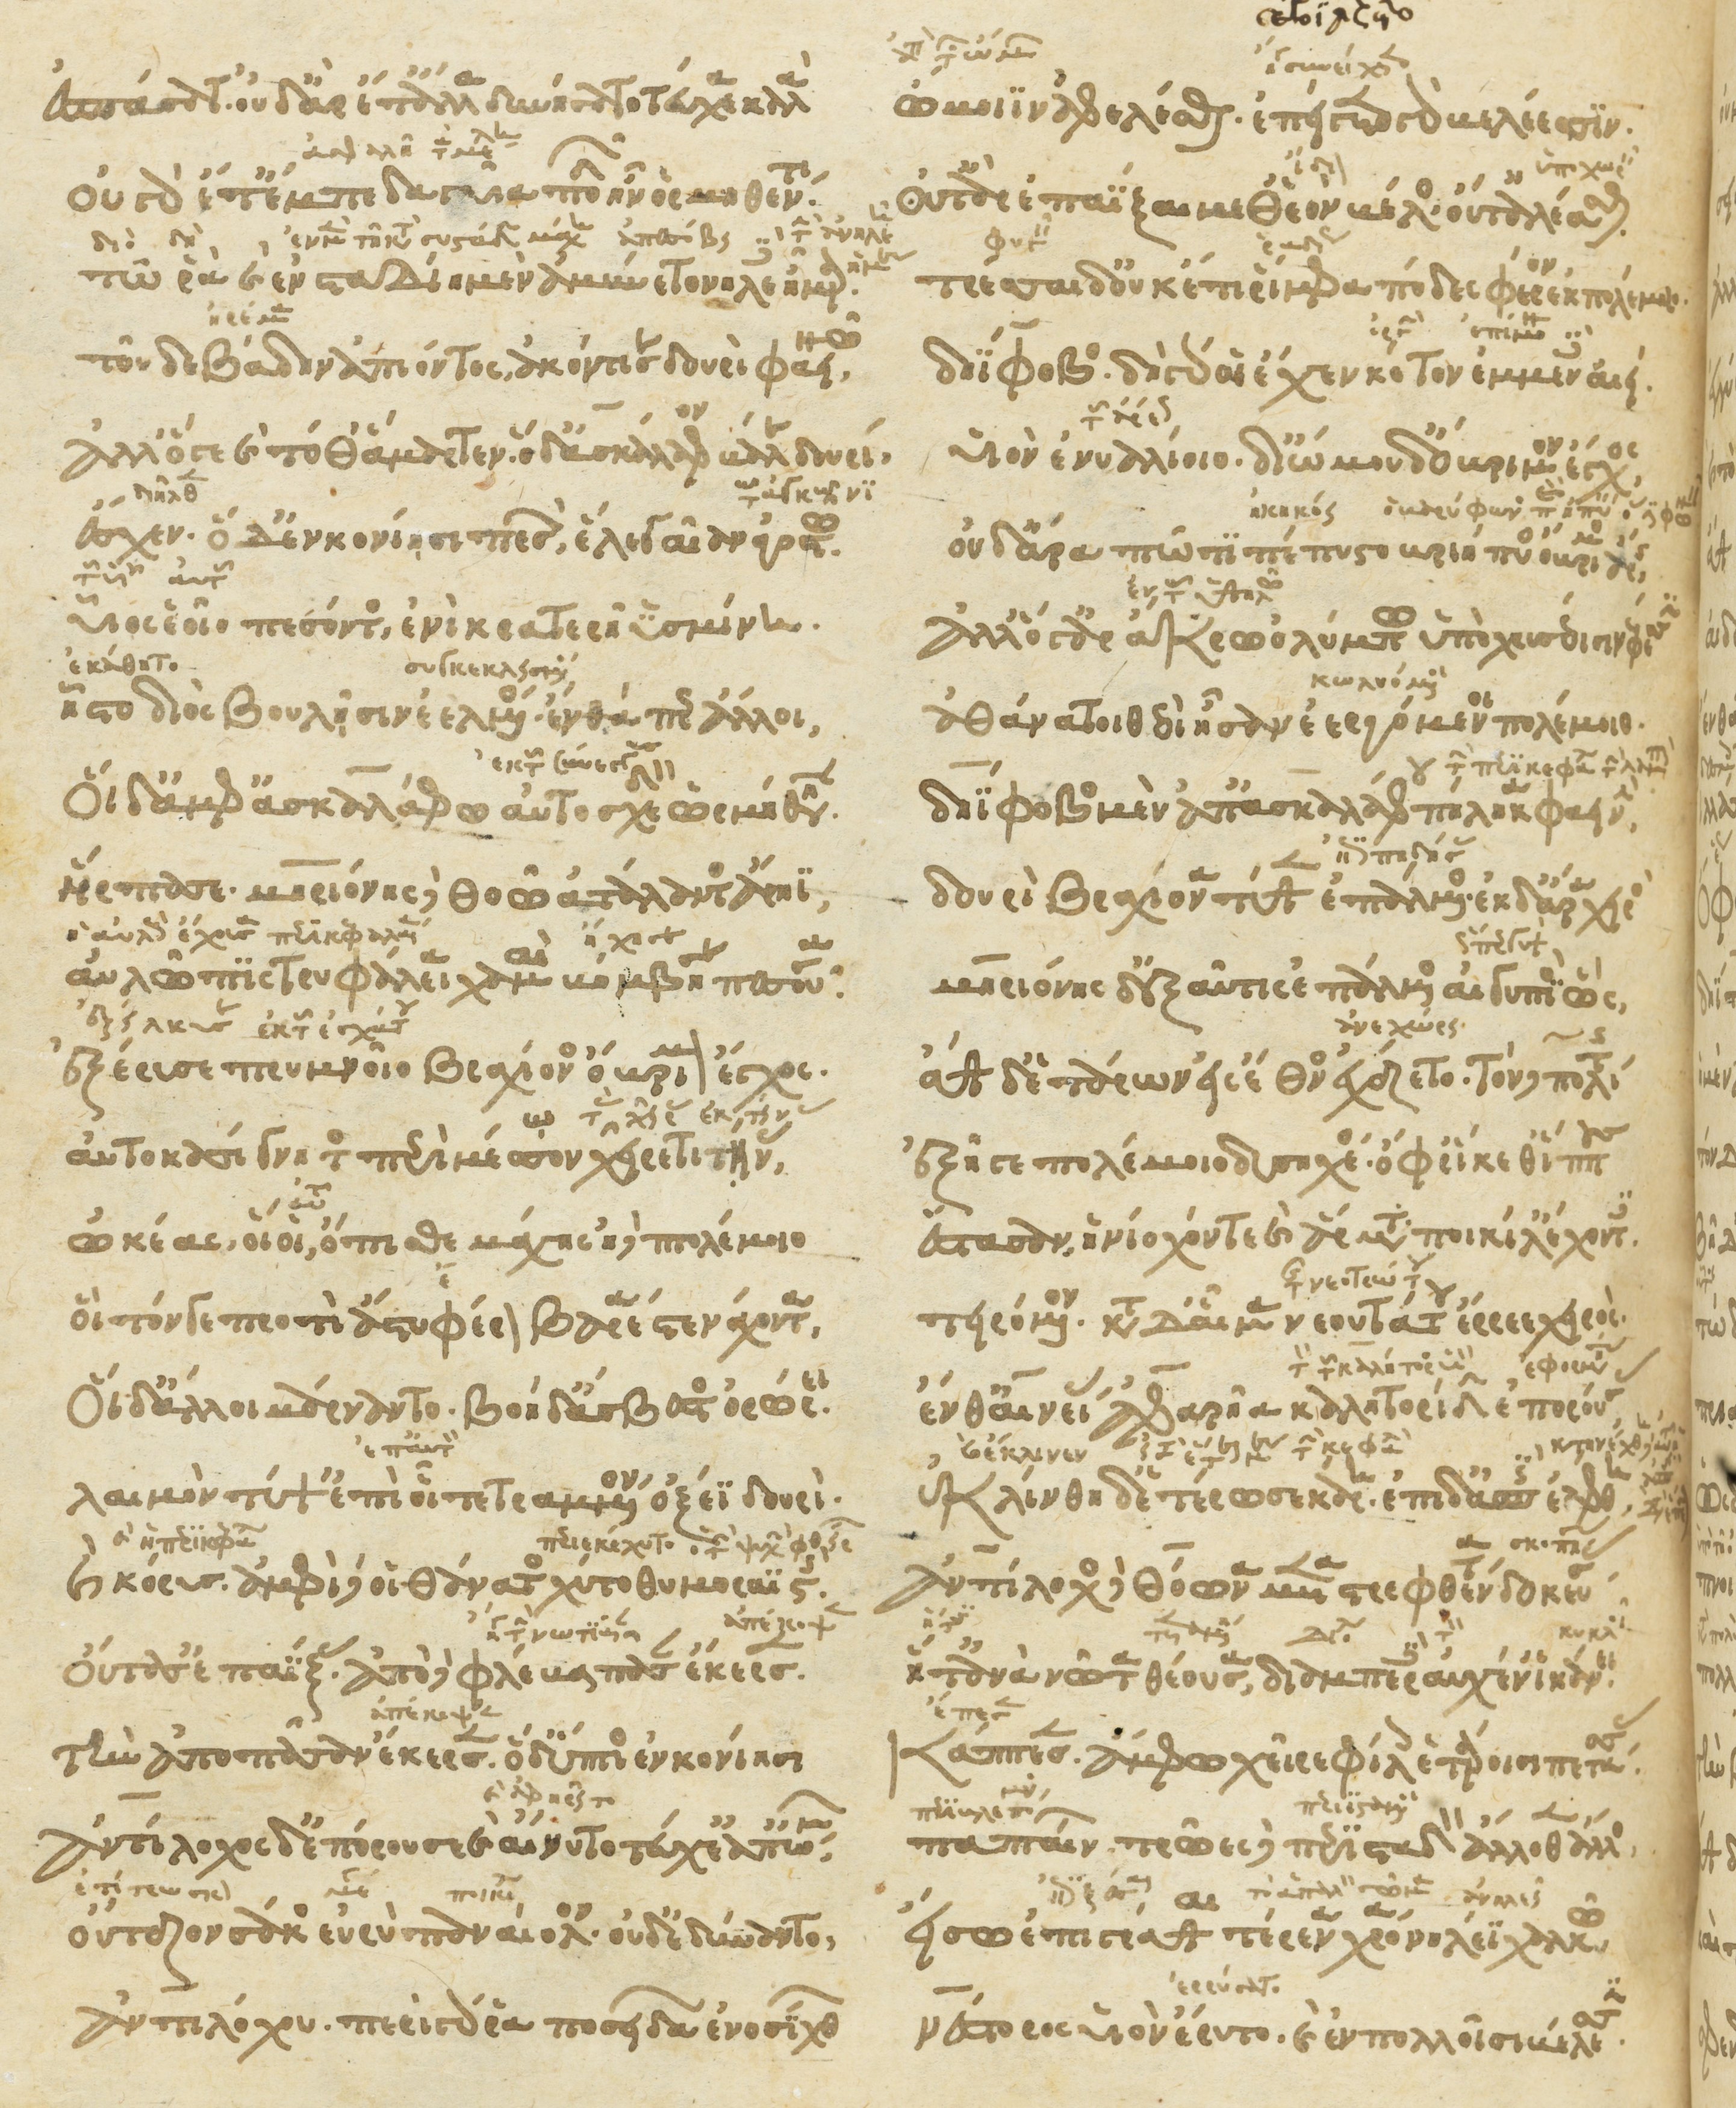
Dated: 1266–1299